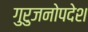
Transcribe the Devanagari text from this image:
गुरुजनोपदेश